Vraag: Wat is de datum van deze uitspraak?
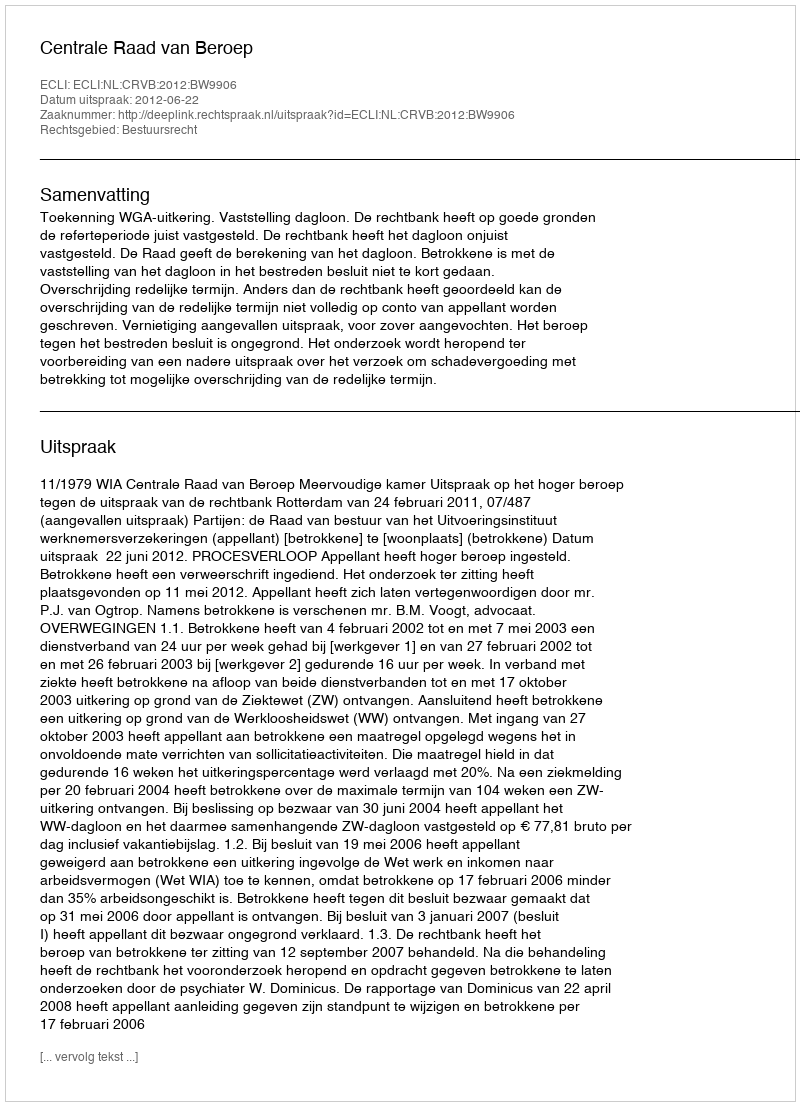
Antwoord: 2012-06-22